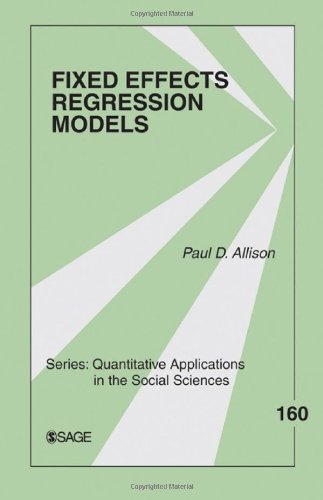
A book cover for Fixed Effects Regression Models (Quantitative Applications in the Social Sciences); Paul D. Allison; Politics & Social Sciences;